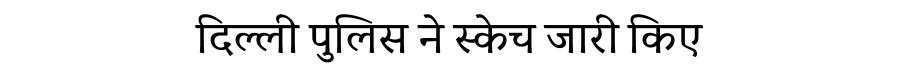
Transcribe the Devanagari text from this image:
दिल्ली पुलिस ने स्केच जारी किए